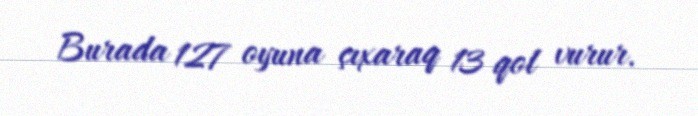
Burada 127 oyuna çıxaraq 13 qol vurur.